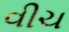
વીચ